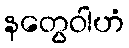
နတွေဝါဟံ